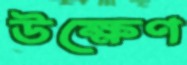
উক্ষেণ